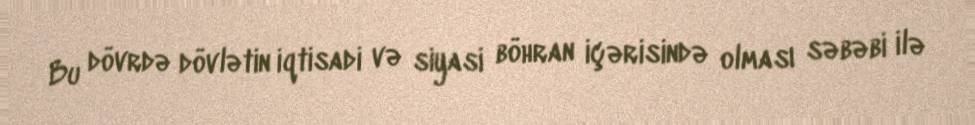
Bu dövrdə dövlətin iqtisadi və siyasi böhran içərisində olması səbəbi ilə